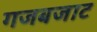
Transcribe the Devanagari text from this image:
गजबजाट